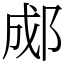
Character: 郕